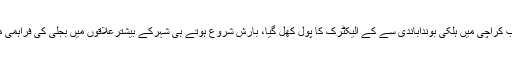
دوسری جانب کراچی میں ہلکی بونداباندی سے کے الیکٹرک کا پول کھل گیا، بارش شروع ہوتے ہی شہرکے بیشترعلاقوں میں بجلی کی فراہمی معطل ہوگئی۔